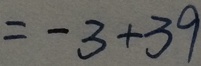
= - 3 + 3 9